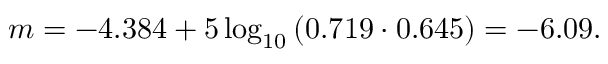
m = - 4 . 3 8 4 + 5 \log _ { 1 0 } { \left( 0 . 7 1 9 \cdot 0 . 6 4 5 \right) } = - 6 . 0 9 .